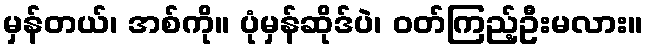
မှန်တယ်၊ အစ်ကို။ ပုံမှန်ဆိုဒ်ပဲ၊ ဝတ်ကြည့်ဦးမလား။